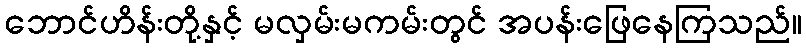
ဘောင်ဟိန်းတို့နှင့် မလှမ်းမကမ်းတွင် အပန်းဖြေနေကြသည်။